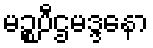
မဉ္စပီဌမဒ္ဒနော